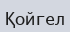
Қойгел